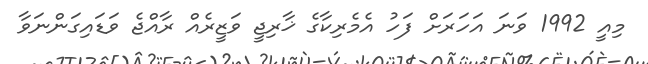
މިއީ 1992 ވަނަ އަހަރަށް ފަހު އެމެރިކާގެ ޚާރިޖީ ވަޒީރެއް ރާއްޖެ ވަޑައިގަންނަވާ